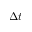
\Delta t